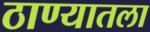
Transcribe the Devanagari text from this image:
ठाण्यातला